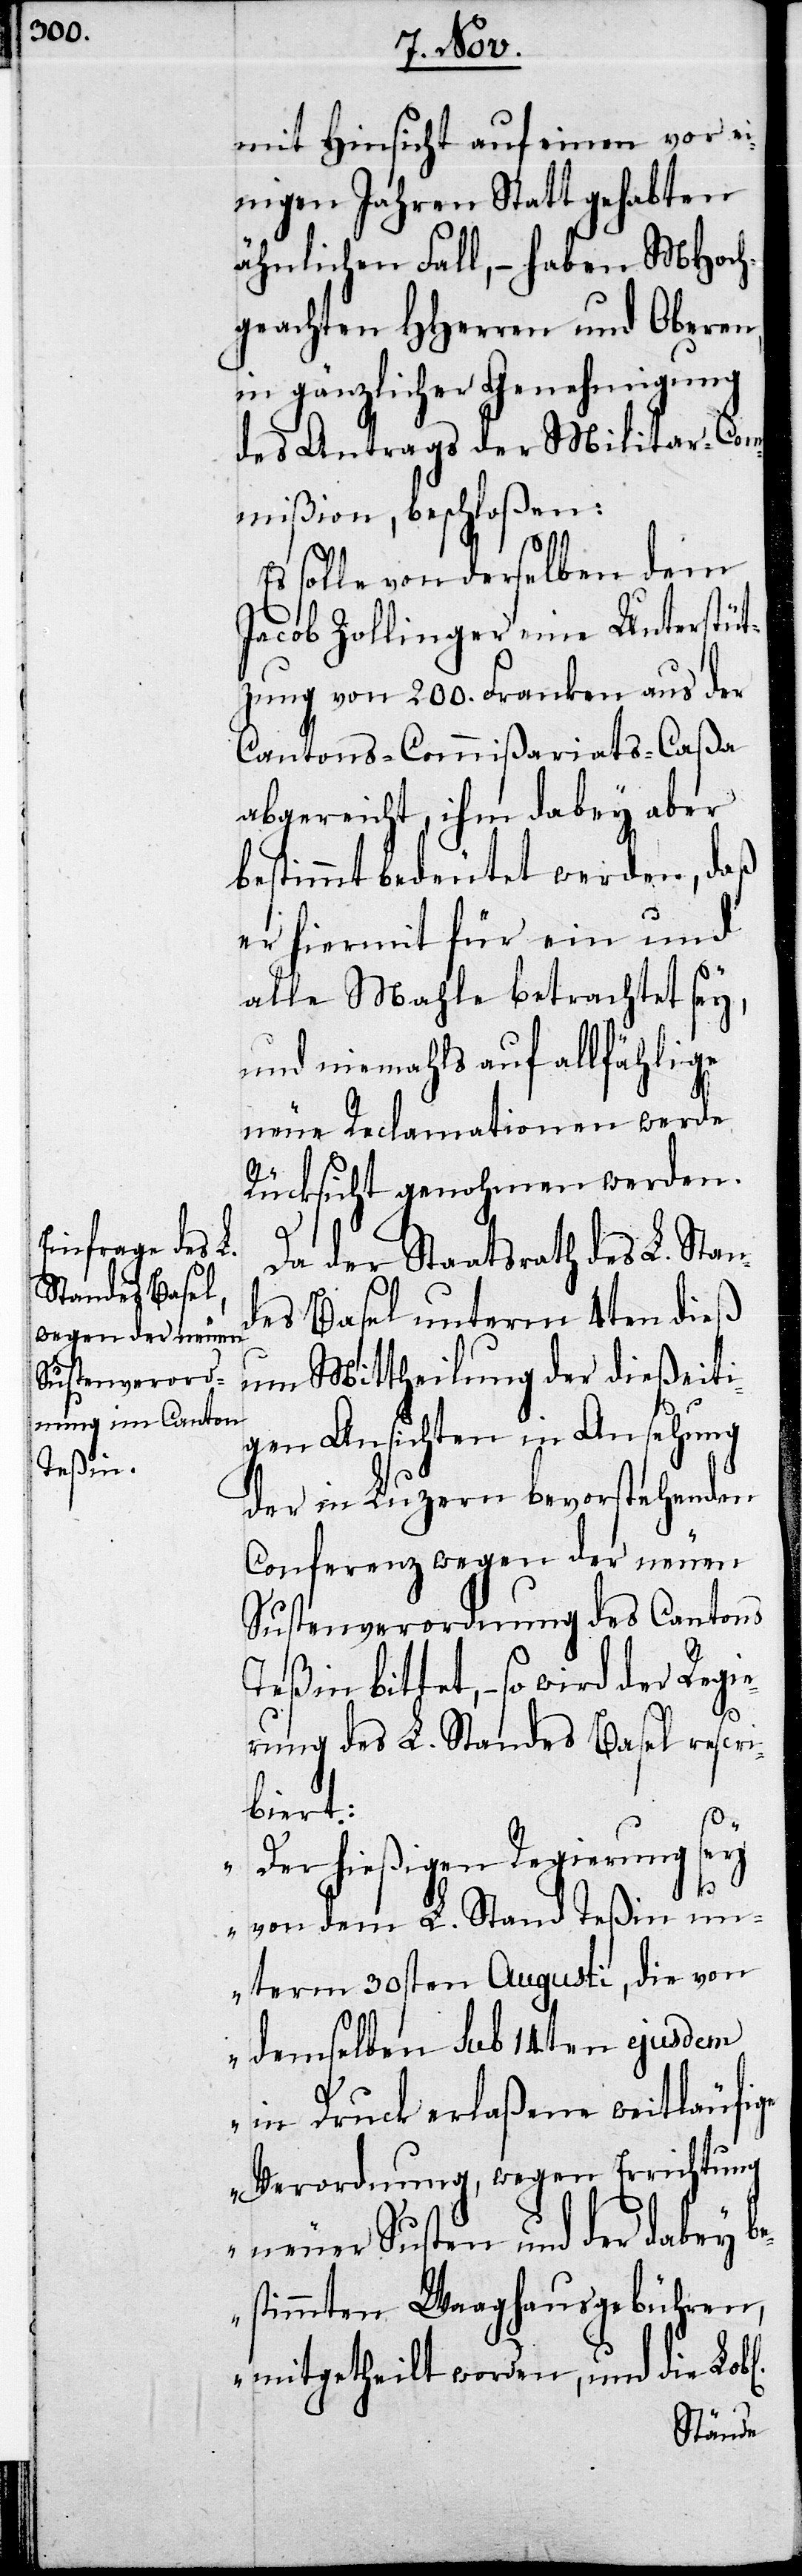
Teßin

mit Hinsicht auf einen vor ei¬
nigen Jahren Statt gehabten
ähnlichen Fall, – haben MHoch¬
geachten HHerren und Oberen,
in gänzlicher Genehmigung
des Antrags der Militar-Com¬
mißion beschlossen:
Es solle von derselben dem
Jacob Zollinger eine Unterstüt¬
zung von 200. Franken aus der
Cantons-Commißariats-Caßa
abgereicht, ihm dabey aber
bestimmt bedeutet werden, daß
er hiermit für ein und
alle Mahle betrachtet sey,
und niemahls auf allfählige
neue Reclamationen werde
Rücksicht genohmen werden.
Da der Staatsrath des L. Stan¬
des Basel unterm 4ten dieß
um Mittheilung der dießeiti¬
gen Ansichten in Ansehung
der in Luzern bevorstehenden
Conferenz wegen der neuen
Sustenverordnung des Cantons
bittet, – so wird der Regie¬
rung des L. Standes Basel rescri¬
biert:
er hießigen Regierung sey
„D¬
von dem L. Stand Teßin u¬
nterm 30sten Augusti, die von
demselben sub 14ten ejusdem
in Druck erlaßene weitläufige
Verordnung, wegen Errichtung
neuer Susten und der dabey b¬
estimmten Waaghausgebühren,
mitgetheilt worden, und die Lobl.